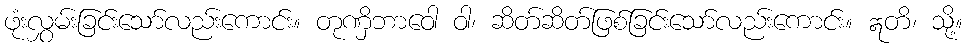
ဖုံးလွှမ်းခြင်းသော်လည်းကောင်း။ တုဏှိဘာဝေါ ဝါ၊ ဆိတ်ဆိတ်ဖြစ်ခြင်းသော်လည်းကောင်း။ ဣတိ၊ သို့။